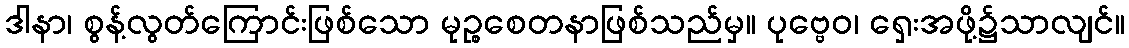
ဒါနာ၊ စွန့်လွတ်ကြောင်းဖြစ်သော မုဉ္စစေတနာဖြစ်သည်မှ။ ပုဗ္ဗေဝ၊ ရှေးအဖို့၌သာလျင်။